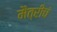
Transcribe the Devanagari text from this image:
मैत्रीचं